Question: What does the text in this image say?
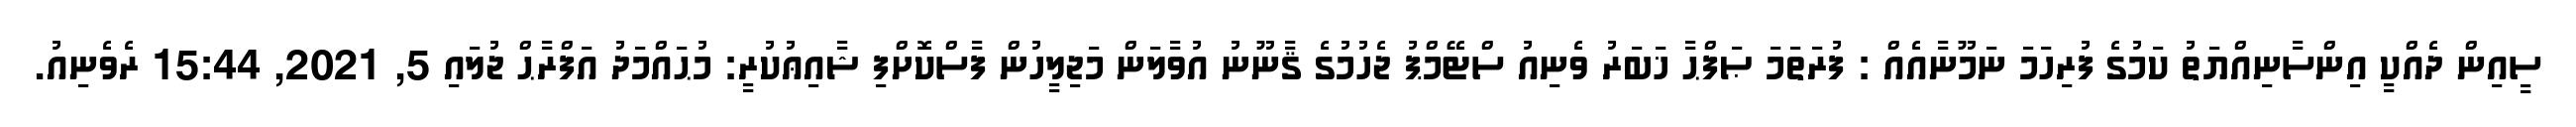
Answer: ސީއިން ދެއްކީ އިންސާނިއްޔަތު ކަމުގެ ފުރިހަމަ ނަމޫނާއެއް : ފުރަތަމަ ޞަފްޙާ ޚަބަރު ވެނިއު ސްޓޭމްޕު ޖެހުމުގެ ޤާނޫނު އުވާލަން މަޖިލީހުން ފާސްކޮށްފި ޝާއިޢުކުރީ: މުޙައްމަދު އަފްރާޙް ޖުލައި 5, 2021, 15:44 ރެވެނިއު.